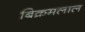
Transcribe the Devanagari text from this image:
बिक्रमलाल